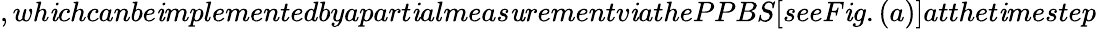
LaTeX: ,wh\mathit{i}chcanbe\mathit{i}mplementedbyapart\mathit{i}almeas\mathit{u}rementv\mathit{i}athePPBS[seeF\mathit{i}g.(a)]atthet\mathit{i}mestep